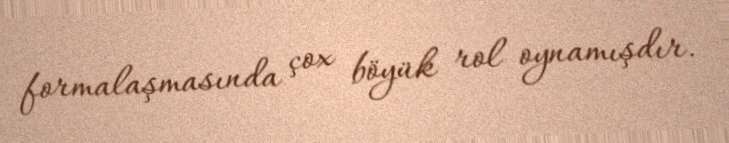
formalaşmasında çox böyük rol oynamışdır.